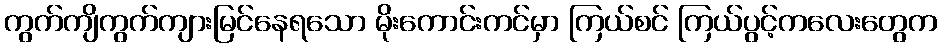
ကွက်ကျိကွက်ကျားမြင်နေရသော မိုးကောင်းကင်မှာ ကြယ်စင် ကြယ်ပွင့်ကလေးတွေက